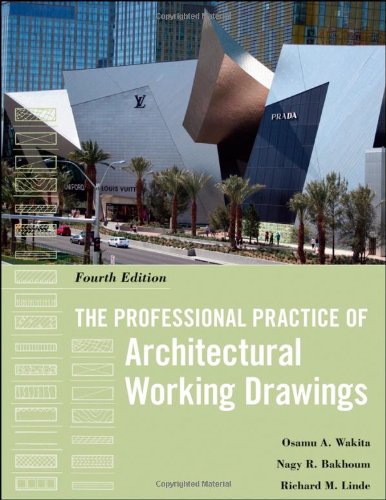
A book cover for The Professional Practice of Architectural Working Drawings; Osamu A. Wakita; Arts & Photography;